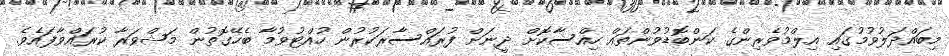
މިބައްދަލުވުމުގައި އިލްމުވެރިންގެ ކަންބޮޑުވުންތައް ހިއްސާކޮށް ދީނަށް ފުރައްސާރަކުރުން ހުއްޓުވުމާ ބެހޭގޮތުން މަޝްވަރާ ކުރައްވާފައެވެ.